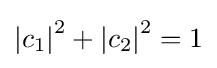
{|c_{1}|}^{2}+{|c_{2}|}^{2}=1